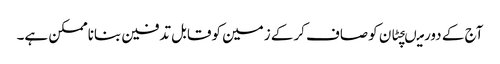
آج کے دورمیںچٹان کوصاف کرکے زمین کوقابل تدفین بناناممکن ہے۔